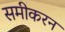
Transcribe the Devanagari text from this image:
समीकरन